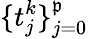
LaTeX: \{ t_{j}^{k}\} _{j=0}^{\mathfrak{p}}